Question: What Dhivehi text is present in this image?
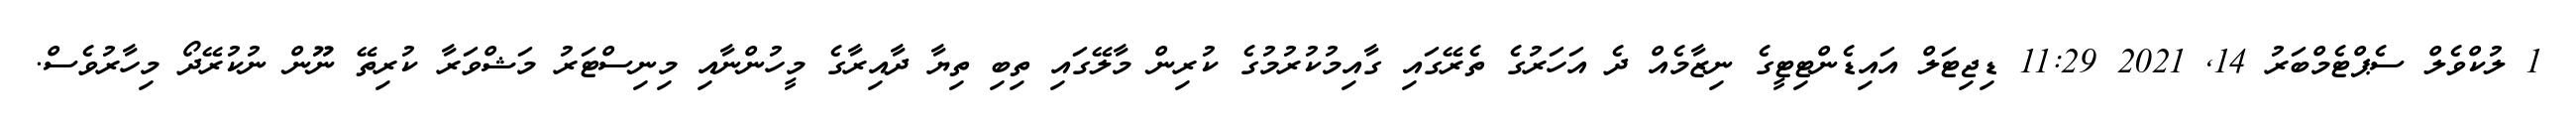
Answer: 1 ލުކްވެލް ސެޕްޓެމްބަރު 14, 2021 11:29 ޑިޖިޓަލް އައިޑެންޓިޓީގެ ނިޒާމެއް ދެ އަހަރުގެ ތެރޭގައި ގާއިމުކުރުމުގެ ކުރިން މާލޭގައި ތިބި ތިޔާ ދާއިރާގެ މީހުންނާއި މިނިސްޓަރު މަޝްވަރާ ކުރިތޭ ނޫން ނުކުރޭދޯ މިހާރުވެސް.